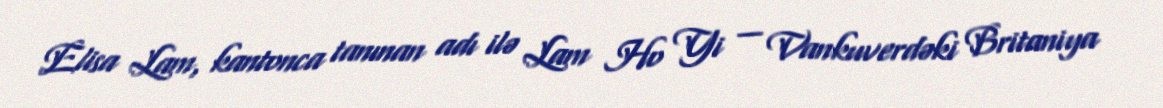
Elisa Lam, kantonca tanınan adı ilə Lam Ho Yi — Vankuverdəki Britaniya